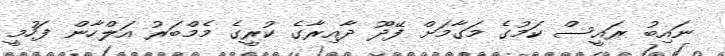
ނައިބު ރައީސް ކަމުގެ މަގާމަށް ފޭދޫ ދާއިރާގެ ކުރީގެ މެމްބަރު އަލްހާން ފަހުމީ